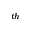
^ { t h }